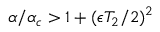
\alpha / \alpha _ { c } > 1 + ( \epsilon T _ { 2 } / 2 ) ^ { 2 }